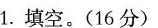
1.填空。(16分)